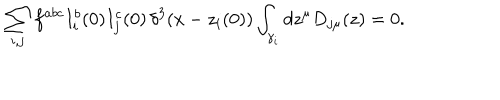
\sum _ { i , j } f ^ { a b c } I _ { i } ^ { b } ( 0 ) I _ { j } ^ { c } ( 0 ) \, \delta ^ { 3 } ( x - z _ { i } ( 0 ) ) \int _ { \gamma _ { i } } d z ^ { \mu } D _ { j \mu } ( z ) = 0 .